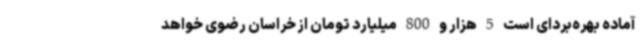
آماده بهره‌بردای است 5 هزار و 800 میلیارد تومان از خراسان رضوی خواهد